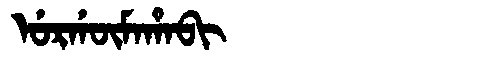
Manchu: ᡠᡵᡤᡡᠮᠠᡥᠠᠪᡳ
Romanization: URGŪMAHABI